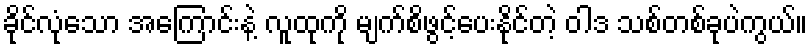
ခိုင်လုံသော အကြောင်းနဲ့ လူထုကို မျက်စိဖွင့်ပေးနိုင်တဲ့ ဝါဒ သစ်တစ်ခုပဲကွယ်။